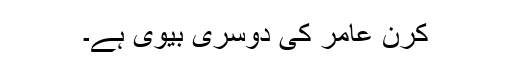
کرن عامر کی دوسری بیوی ہے۔